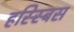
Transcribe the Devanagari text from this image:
हस्स्बिस